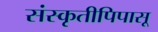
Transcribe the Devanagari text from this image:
संस्कृतीपिपासू